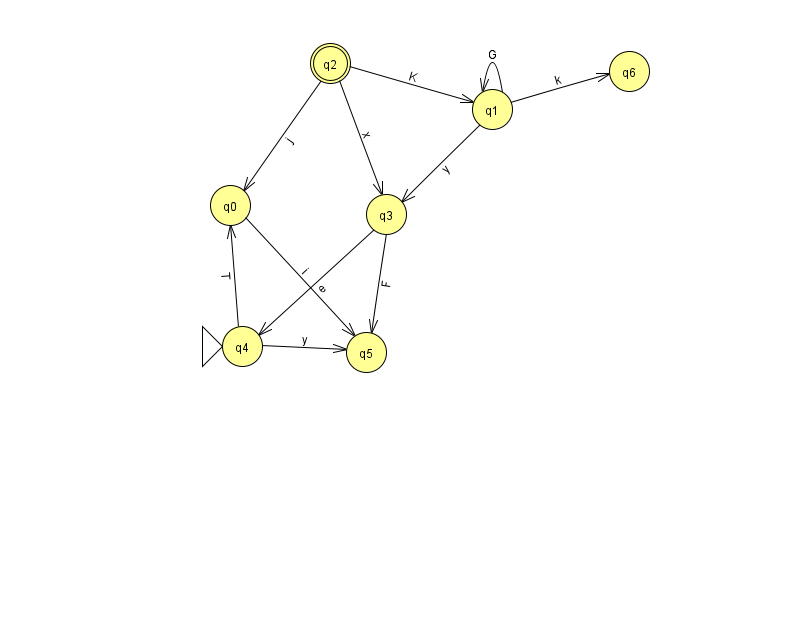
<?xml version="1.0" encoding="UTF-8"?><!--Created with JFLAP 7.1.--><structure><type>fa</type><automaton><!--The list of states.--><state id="0" name="q0"><x>230.0</x><y>192.0</y></state><state id="1" name="q1"><x>492.0</x><y>96.0</y></state><state id="2" name="q2"><x>330.0</x><y>50.0</y><final/></state><state id="3" name="q3"><x>386.0</x><y>201.0</y></state><state id="4" name="q4"><x>242.0</x><y>333.0</y><initial/></state><state id="5" name="q5"><x>366.0</x><y>339.0</y></state><state id="6" name="q6"><x>629.0</x><y>58.0</y></state><!--The list of transitions.--><transition><from>1</from><to>3</to><read>y</read></transition><transition><from>4</from><to>5</to><read>y</read></transition><transition><from>3</from><to>5</to><read>F</read></transition><transition><from>4</from><to>0</to><read>T</read></transition><transition><from>2</from><to>0</to><read>j</read></transition><transition><from>0</from><to>5</to><read>i</read></transition><transition><from>2</from><to>1</to><read>K</read></transition><transition><from>1</from><to>1</to><read>G</read></transition><transition><from>1</from><to>6</to><read>k</read></transition><transition><from>3</from><to>4</to><read>e</read></transition><transition><from>2</from><to>3</to><read>x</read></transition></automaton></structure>